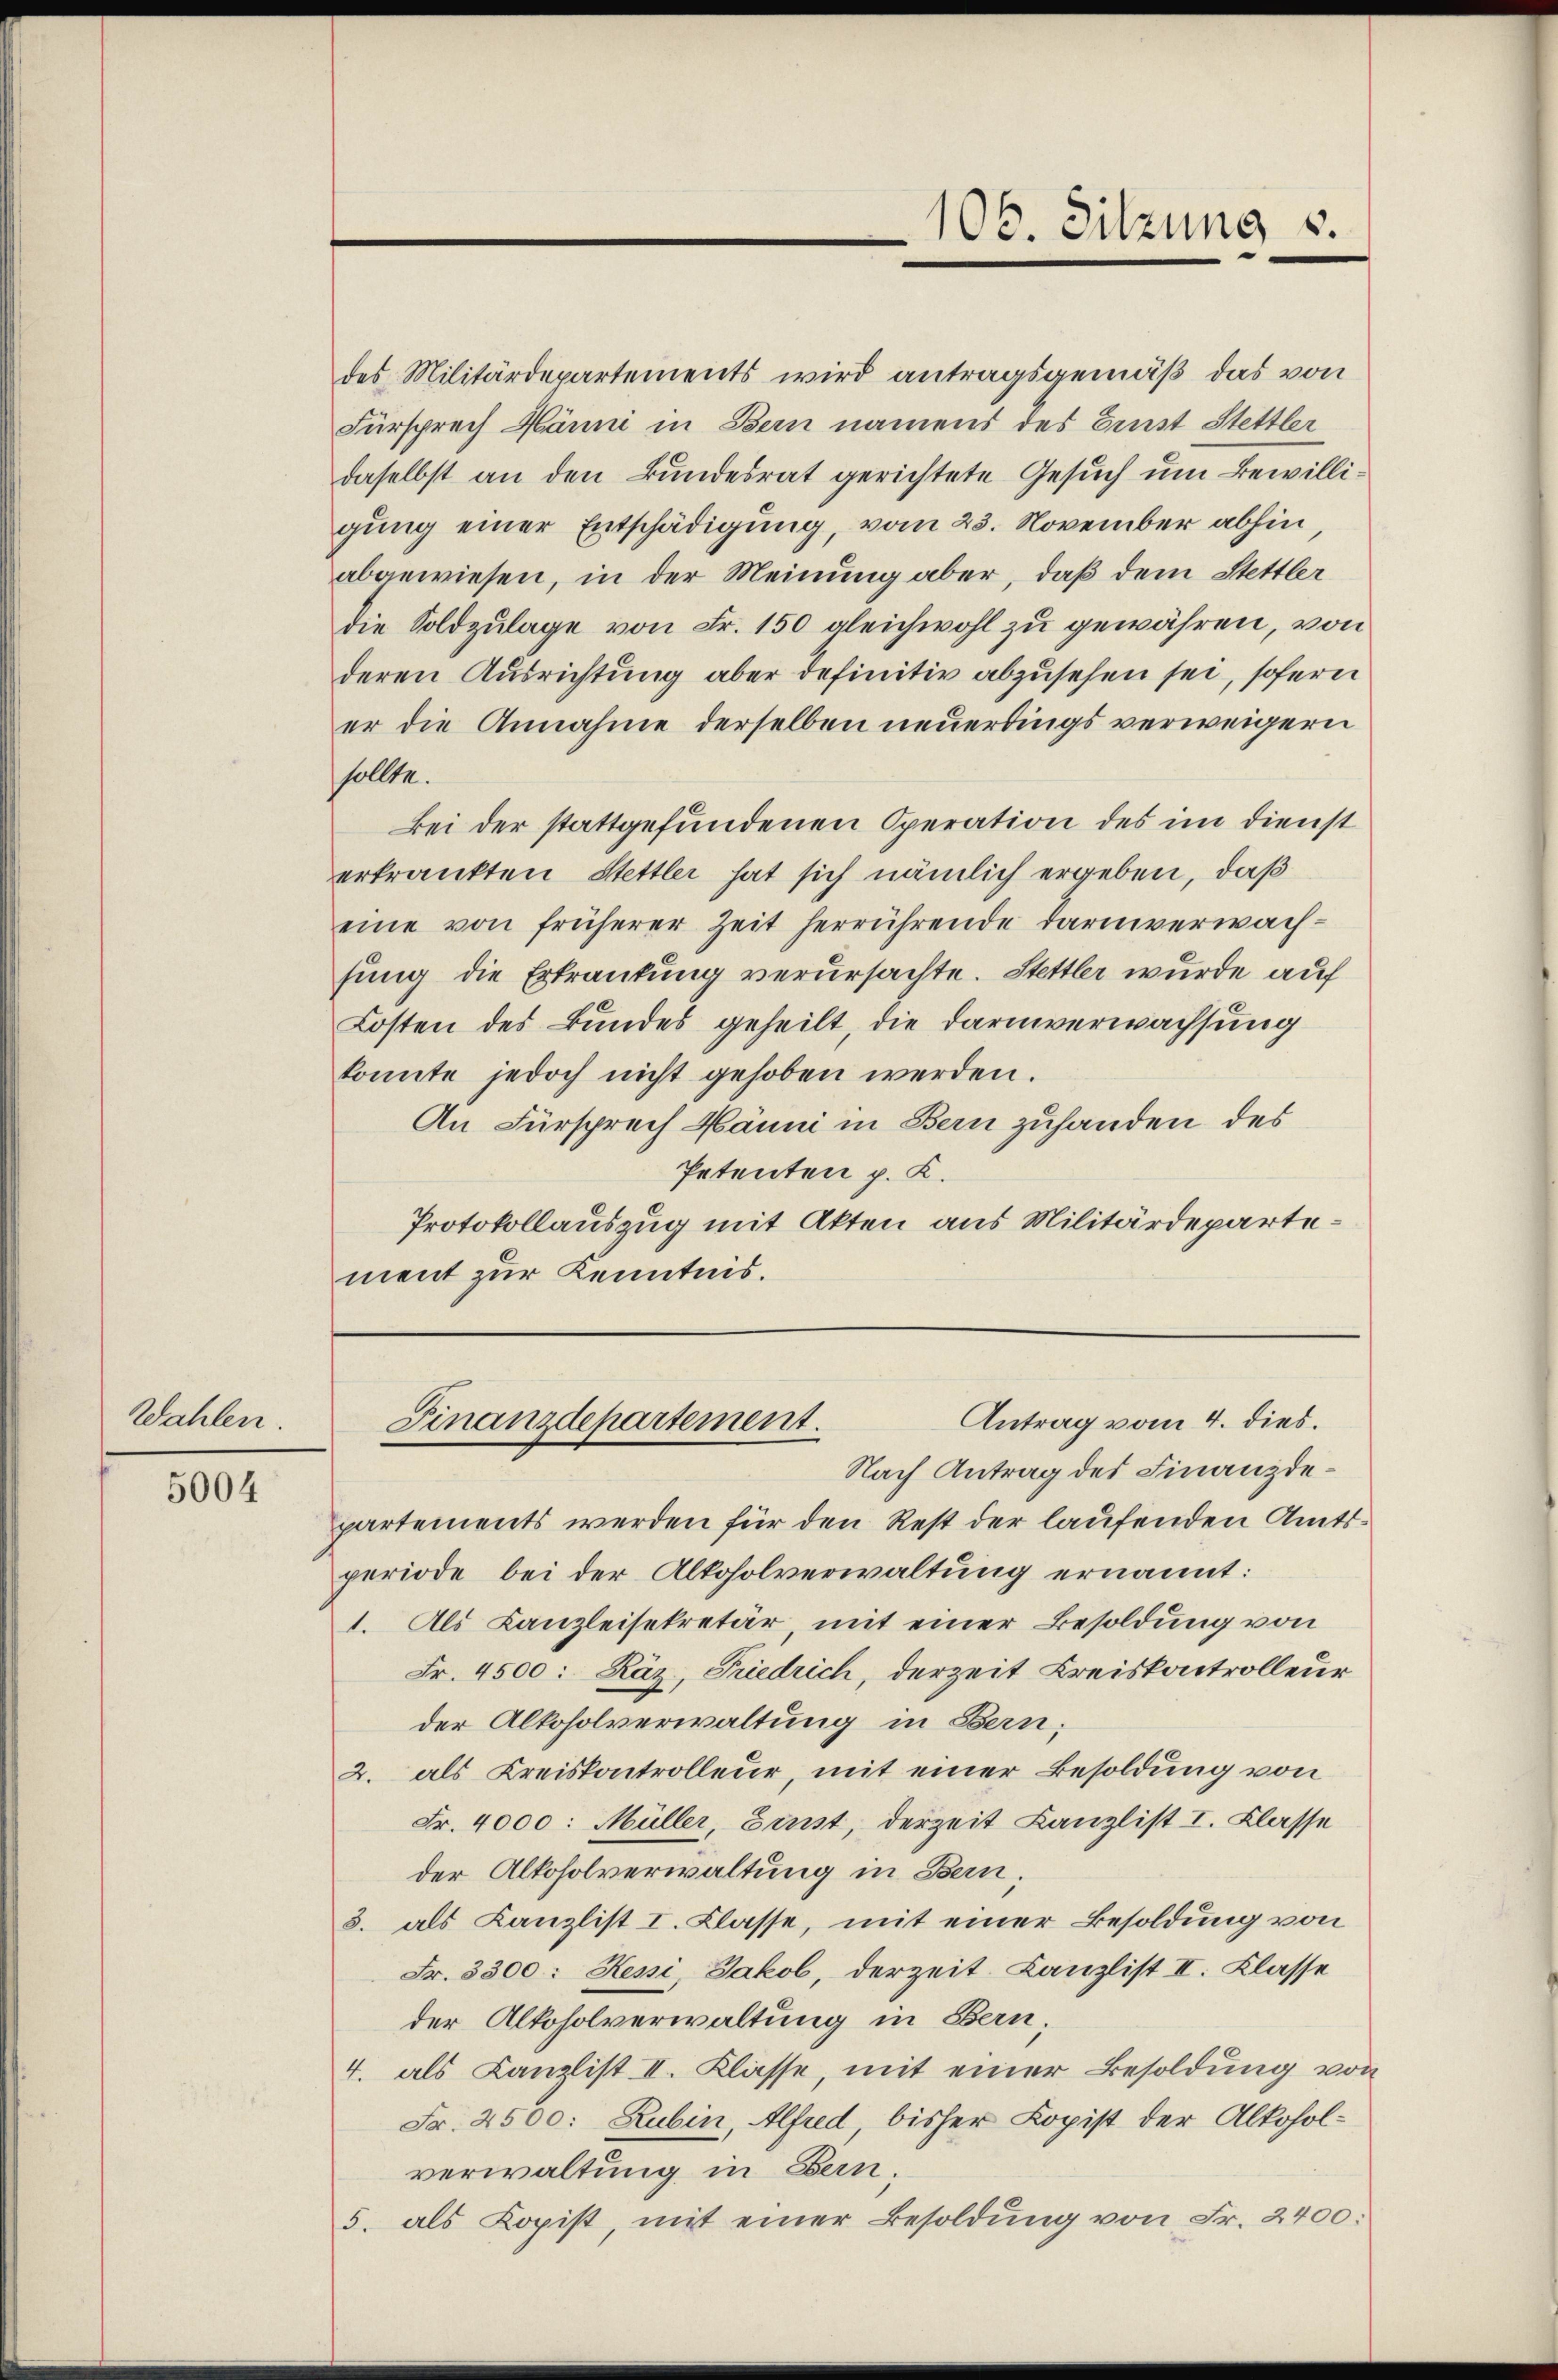
Wahlen.

5004

des Militärdepartements wird antragsgemäß das von
Fürsprech Härm in Bern namens des Erst Stettler
daselbst an den Bundesrat gerichtete Gesuch um Bewilligung einer Entschädigung, vom 23. November abhin
abgewiesen, in der Meinung aber, daß dem Stettler
die Soldzulage von Fr. 150 gleichwohl zu gewähren, von
deren Ausrichtung aber definitiv abzusehen sei, sofern
er die Annahme derselben neuerdings verweigern
sollte.
Bei der stattgefundenen Operation des im Dienst
erkrankten Stettler hat sich nämlich ergeben, daß
eine von früherer Zeit herrührende Darinverwachsung die Erkrankung verursachte. Stettler wurde auf
Kosten des Bundes geheilt die Darinverwachsung
konnte jedoch nicht gehoben werden.
An Fürsprech Hänni in Bern zuhanden des
Petenten p. K.
Protokollauszug mit Akten aus Militärdepartement zur Kenntnis.

106. Sitzung s.

Antrag vom 4. dies.
Finanzdepartement.

Nach Antrag des Finanzdepartements werden für den Rest der laufenden Amtsperiode bei der Alkoholverwaltung ernannt:
1. Als Kanzleisekretär, mit einer Besoldung von
Fr. 4500: Käz, Friedrich, derzeit Kreiskontrolleur
der Alkoholverwaltung in Bern;
2. als Kreiskontrolleur, mit einer Besoldung von
Fr. 4000: Müller, Ernst, derzeit Kanzlist I. Klasse
der Alkoholverwaltung in Bern;
3. als Kanzlist I. Klasse, mit einer Besoldung von
Fr. 3300: Hesi, Jakob, derzeit Canzlist II. Klasse
der Alkoholverwaltung in Bern,
4. als Canzlist II. Klasse, mit einer Besoldung von
Fr. 2500: Rubin, Alfred, bisher Kopist der Alkoholverwaltung in Bern.
5. als Kopist, mit einer Besoldŭng von Fr. 2400: